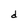
Character: d